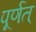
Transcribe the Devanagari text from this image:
पूर्णत्